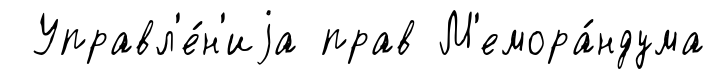
Управл'е́н'иjа прав М'емора́ндума